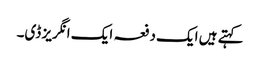
کہتے ہیں ایک دفعہ ایک انگریز ڈی۔